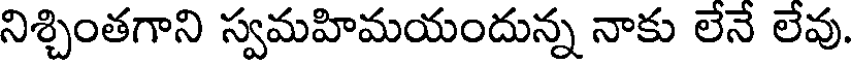
నిశ్చింతగాని స్వమహిమయందున్న నాకు లేనే లేవు.